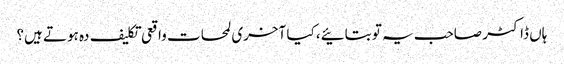
ہاں ڈاکٹر صاحب یہ تو بتائیے، کیا آخری لمحات واقعی تکلیف دہ ہوتے ہیں؟